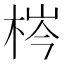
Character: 梣